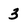
Character: 3